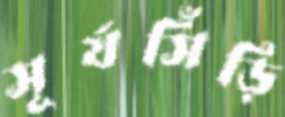
সূর্যসিঁড়ি